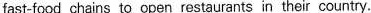
fast-food chains to open restaurants in their country.